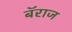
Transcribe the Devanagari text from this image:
बॅराज